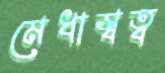
মেধাস্বত্ব